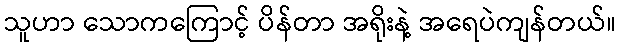
သူဟာ သောကကြောင့် ပိန်တာ အရိုးနဲ့ အရေပဲကျန်တယ်။